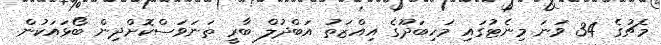
މެޗުގެ 34 ވަނަ މިނެޓުގައި މަހިބަދޫގެ އިއްޒަތު އަބްދުލް ބާރީ ތަނަވަސްކޮށްދިން ބޯޅައަކުން